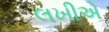
લખીએ